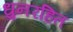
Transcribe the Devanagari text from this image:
धुनरहित